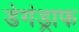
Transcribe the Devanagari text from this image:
डेगंड्राफ